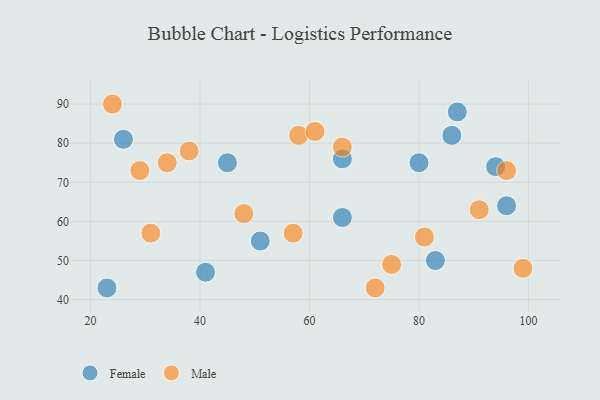
{"axis": {"x": "GDP", "y": "Life Expectancy"}, "legend": ["Female", "Male"], "data": [{"x": "86", "y": 82, "type": "Female"}, {"x": "26", "y": 81, "type": "Female"}, {"x": "96", "y": 64, "type": "Female"}, {"x": "87", "y": 88, "type": "Female"}, {"x": "83", "y": 50, "type": "Female"}, {"x": "51", "y": 55, "type": "Female"}, {"x": "41", "y": 47, "type": "Female"}, {"x": "66", "y": 61, "type": "Female"}, {"x": "45", "y": 75, "type": "Female"}, {"x": "80", "y": 75, "type": "Female"}, {"x": "94", "y": 74, "type": "Female"}, {"x": "23", "y": 43, "type": "Female"}, {"x": "66", "y": 76, "type": "Female"}, {"x": "58", "y": 82, "type": "Male"}, {"x": "99", "y": 48, "type": "Male"}, {"x": "66", "y": 79, "type": "Male"}, {"x": "75", "y": 49, "type": "Male"}, {"x": "81", "y": 56, "type": "Male"}, {"x": "61", "y": 83, "type": "Male"}, {"x": "96", "y": 73, "type": "Male"}, {"x": "48", "y": 62, "type": "Male"}, {"x": "29", "y": 73, "type": "Male"}, {"x": "31", "y": 57, "type": "Male"}, {"x": "24", "y": 90, "type": "Male"}, {"x": "72", "y": 43, "type": "Male"}, {"x": "34", "y": 75, "type": "Male"}, {"x": "91", "y": 63, "type": "Male"}, {"x": "38", "y": 78, "type": "Male"}, {"x": "57", "y": 57, "type": "Male"}]}